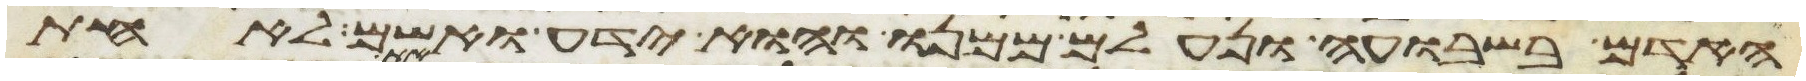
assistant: האדם בשבועה ונעלם ממנו והוא ידע ואשם לאחת